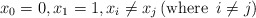
\begin{align*}x_{0}=0,x_{1}=1,x_{i}\neq x_{j}\,(\mbox{where }\,i\neq j)\end{align*}